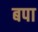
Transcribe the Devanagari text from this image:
बपा